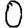
Digit: 0